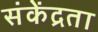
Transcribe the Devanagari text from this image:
संकेंद्रता